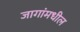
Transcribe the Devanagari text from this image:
जागांमधील